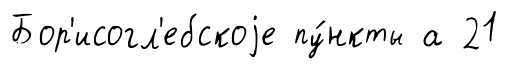
Бор'исогл'ебскоjе пу́нкты а 21